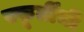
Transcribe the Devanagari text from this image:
स्फूर्तीची